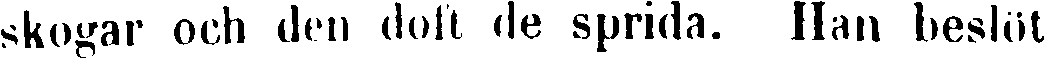
skogar och den doft de sprida. Han beslöt